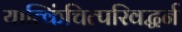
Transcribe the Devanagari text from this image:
यात्किंचित्परिवद्धर्न